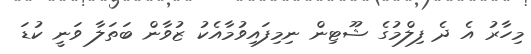
މިހާރު އެ ދެ ފިލްމުގެ ޝޫޓިން ނިމިފައިވުމާއެކު ޒުވާން ބަތަލާ ވަނީ ކުޑަ